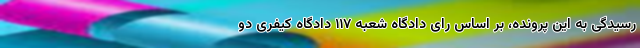
رسیدگی به این پرونده، بر اساس رای دادگاه شعبه ۱۱۷ دادگاه کیفری دو